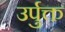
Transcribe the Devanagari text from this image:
उर्पुक्त